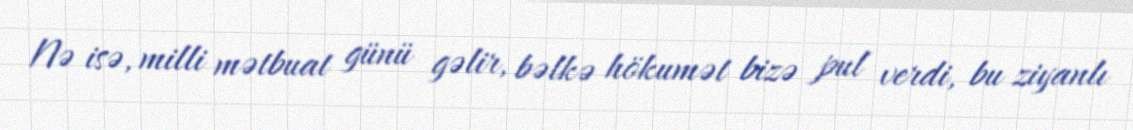
Nə isə, milli mətbuat günü gəlir, bəlkə hökumət bizə pul verdi, bu ziyanlı